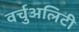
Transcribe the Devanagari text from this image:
वर्चुअलिटी